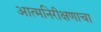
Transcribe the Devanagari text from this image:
आत्मनिरीक्षणाचा